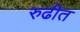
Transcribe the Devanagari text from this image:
रुढीत